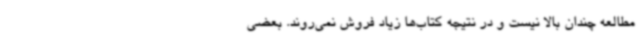
مطالعه چندان بالا نیست و در نتیجه کتاب‌ها زیاد فروش نمی‌روند. بعضی